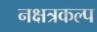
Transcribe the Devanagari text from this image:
नक्षत्रकल्प